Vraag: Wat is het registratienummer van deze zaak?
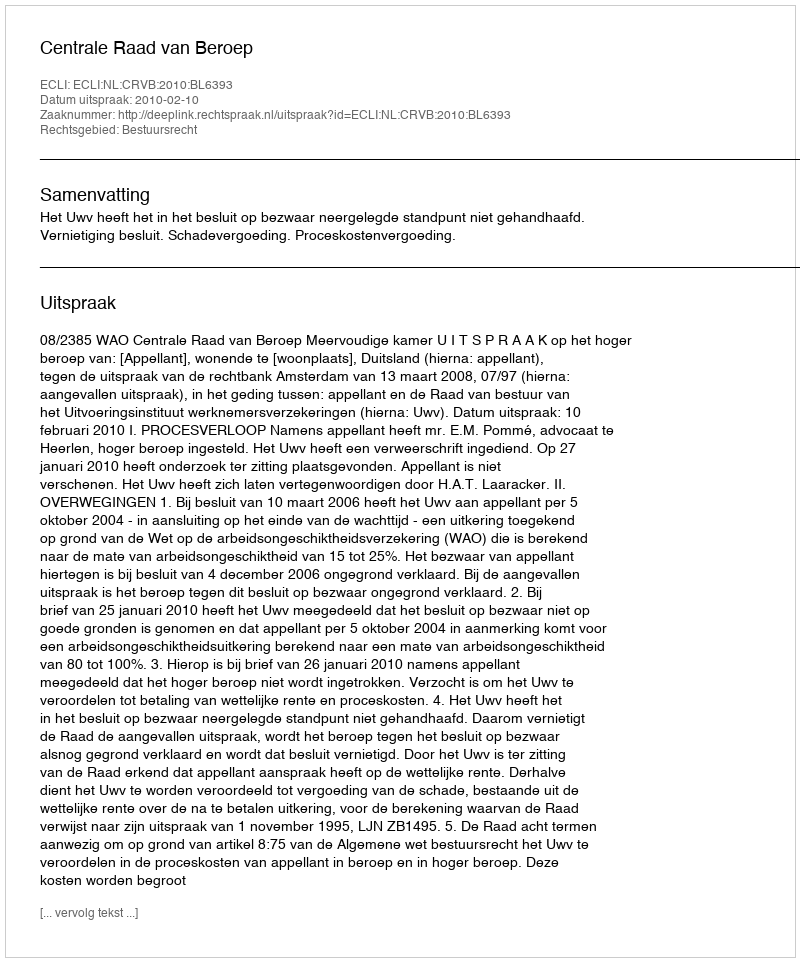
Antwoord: http://deeplink.rechtspraak.nl/uitspraak?id=ECLI:NL:CRVB:2010:BL6393